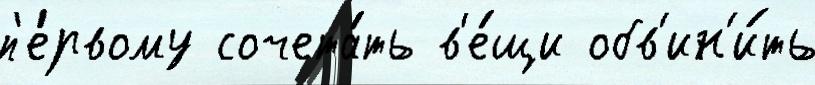
п'е́рвому сочета́ть в'е́щи обв'ин'и́ть